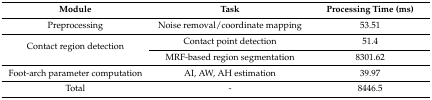
<table><thead><tr><td><b>Module</b></td><td><b>Task</b></td><td><b>Processing Time (ms)</b></td></tr></thead><tbody><tr><td>Preprocessing</td><td>Noise removal/coordinate mapping</td><td>53.51</td></tr><tr><td rowspan="2">Contact region detection</td><td>Contact point detection</td><td>51.4</td></tr><tr><td>MRF-based region segmentation</td><td>8301.62</td></tr><tr><td>Foot-arch parameter computation</td><td>AI, AW, AH estimation</td><td>39.97</td></tr><tr><td>Total</td><td>-</td><td>8446.5</td></tr></tbody></table>